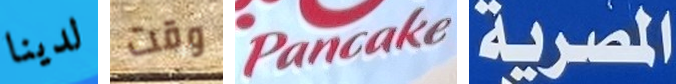
لدينا وقت Pancake المصرية